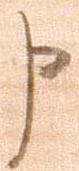
申